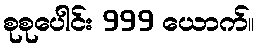
စုစုပေါင်း 999 ယောက်။